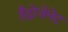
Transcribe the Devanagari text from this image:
हैद्रोजेनेट